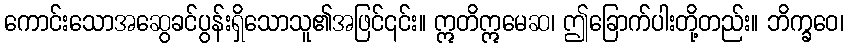
ကောင်းသောအဆွေခင်ပွန်းရှိသောသူ၏အဖြင်၎င်း။ ဣတိဣမေဆ၊ ဤခြောက်ပါးတို့တည်း။ ဘိက္ခဝေ၊